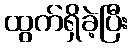
ထွက်ရှိခဲ့ပြီး